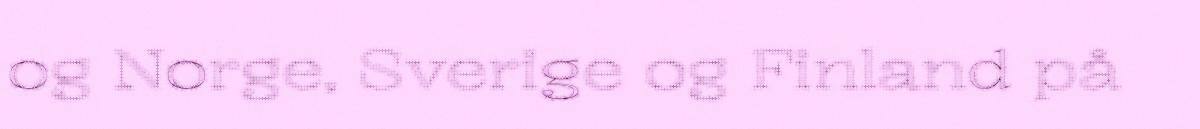
og Norge, Sverige og Finland på